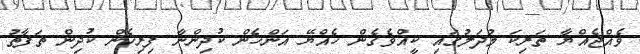
ވެއްޖެއްޔާ ތަރިކަ މުދަލުގައި ކީއްވެގެން ހެއްޔޭ އަންހެން ކުދިންނާ ފިރިހެން ކުދިން ތަފާތު